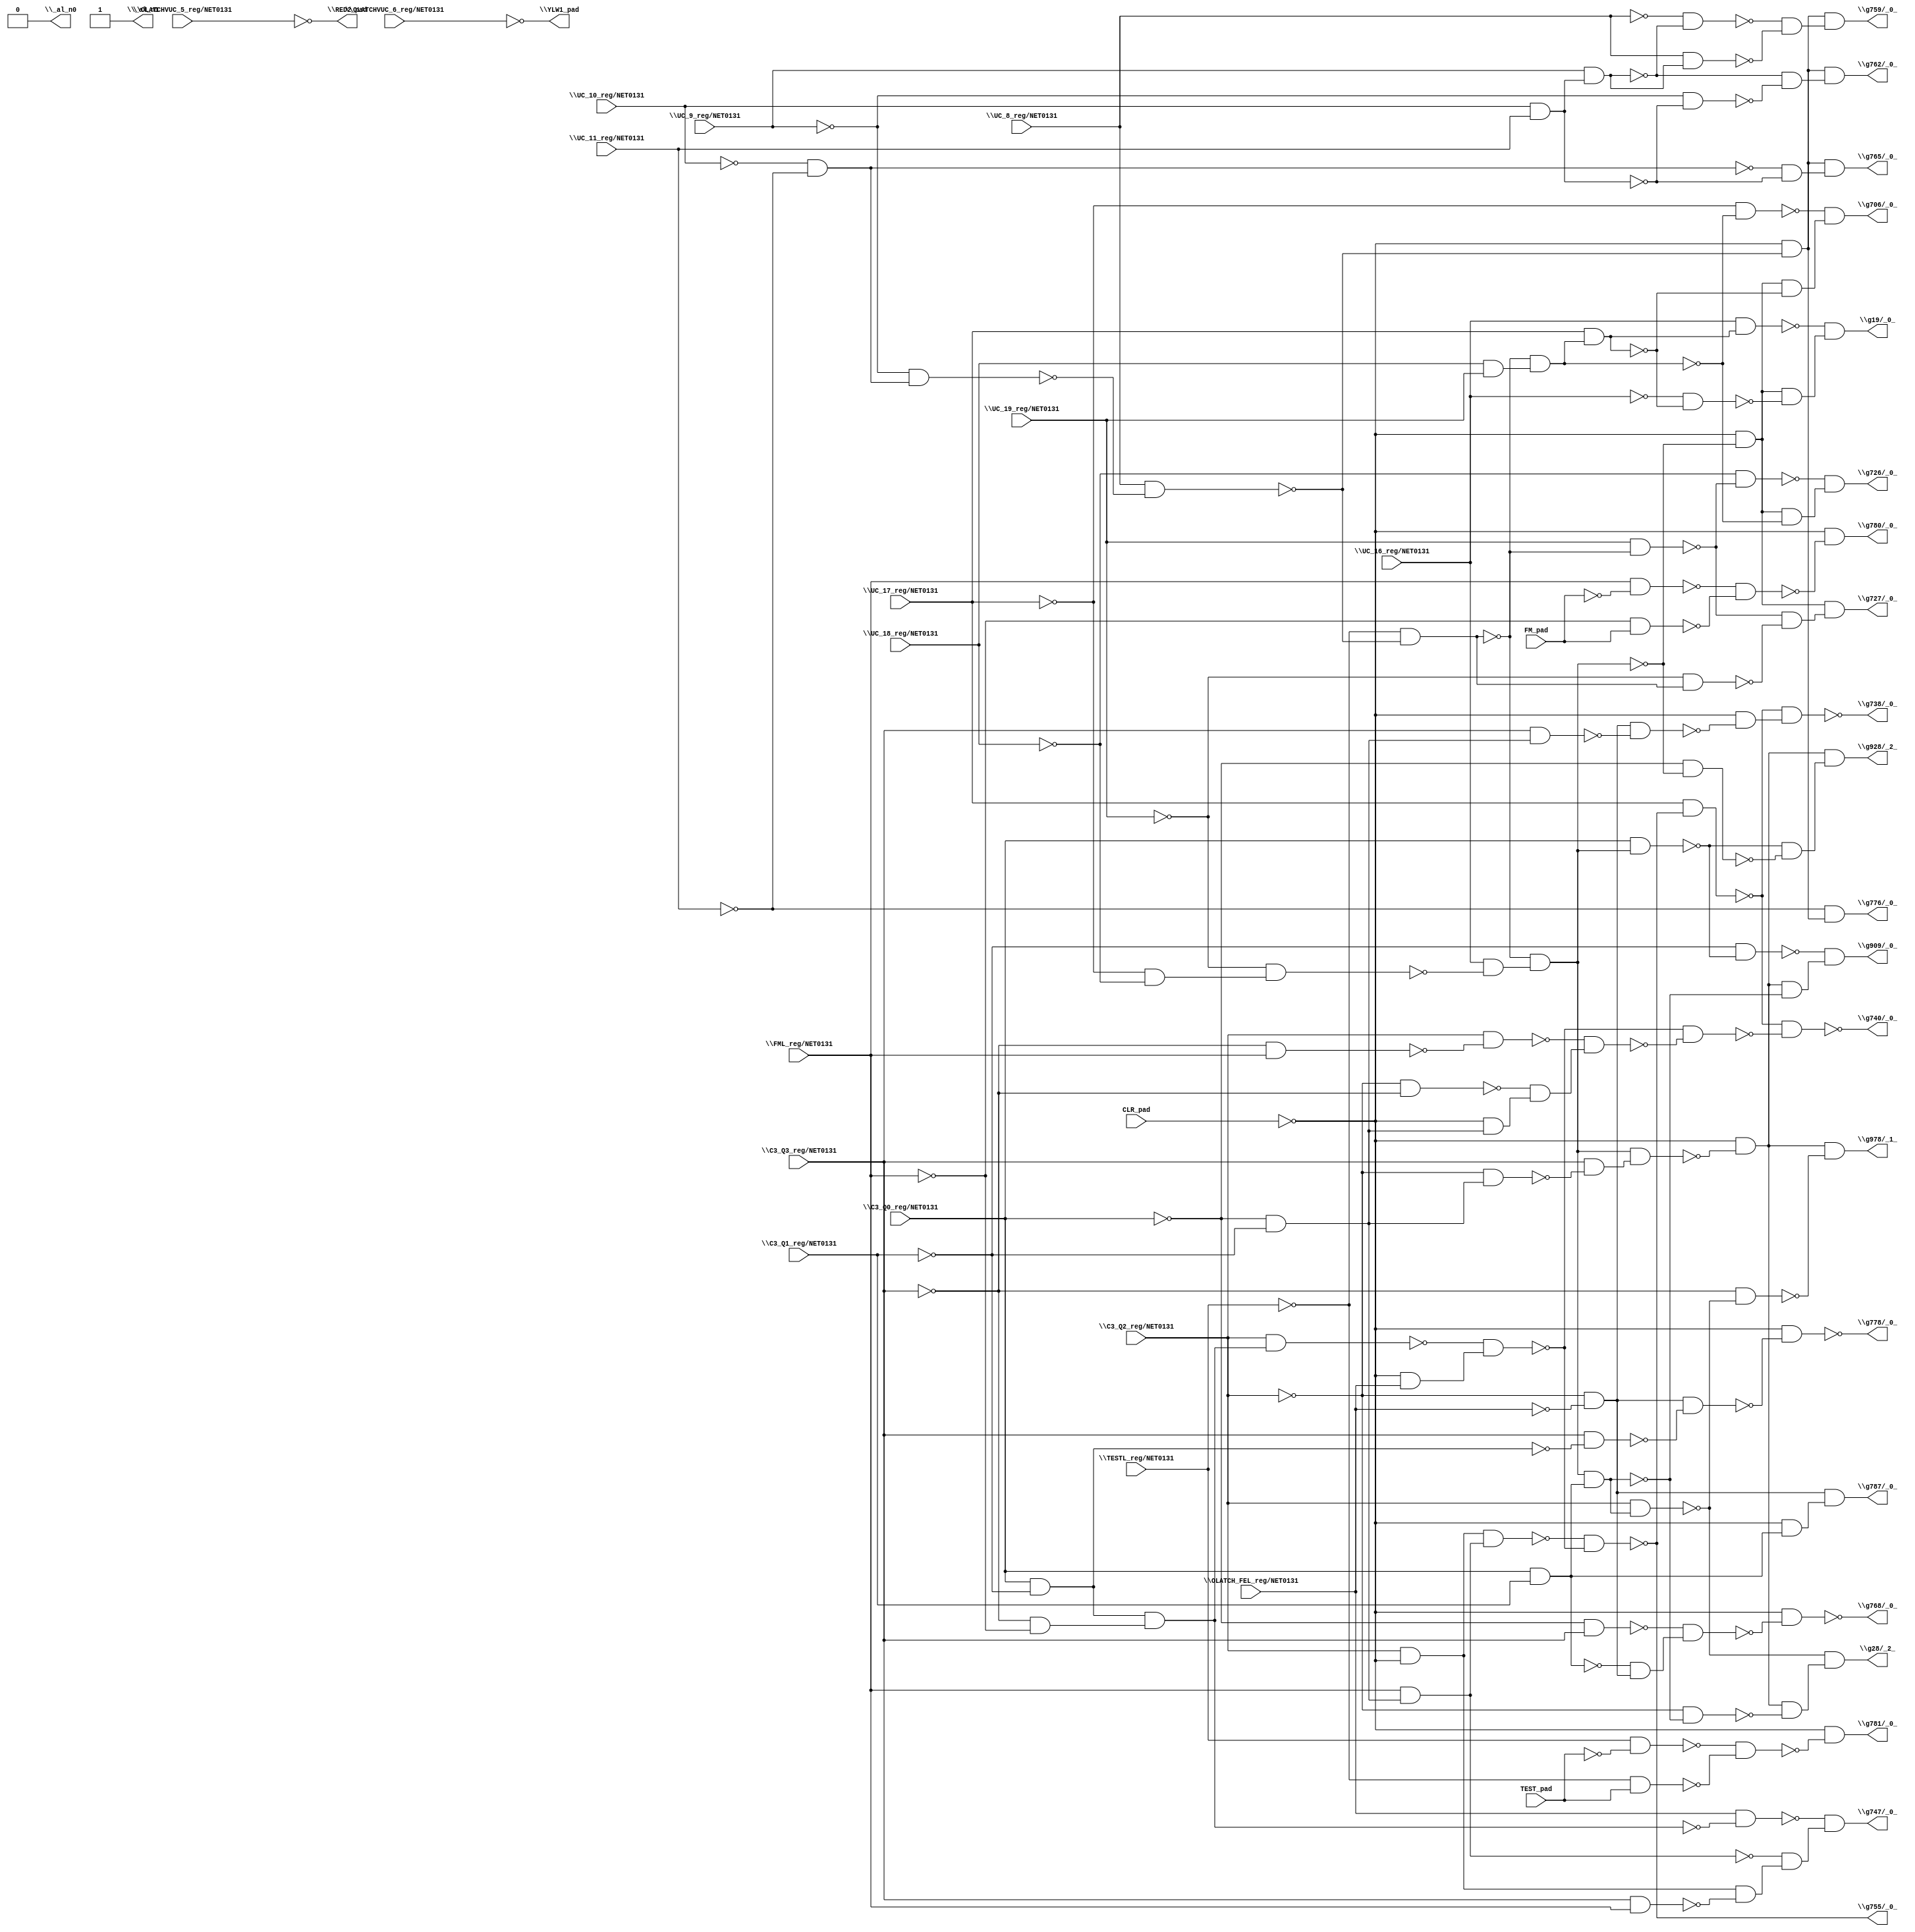
module top( \C3_Q0_reg/NET0131  , \C3_Q1_reg/NET0131  , \C3_Q2_reg/NET0131  , \C3_Q3_reg/NET0131  , CLR_pad , \FML_reg/NET0131  , FM_pad , \OLATCHVUC_5_reg/NET0131  , \OLATCHVUC_6_reg/NET0131  , \OLATCH_FEL_reg/NET0131  , \TESTL_reg/NET0131  , TEST_pad , \UC_10_reg/NET0131  , \UC_11_reg/NET0131  , \UC_16_reg/NET0131  , \UC_17_reg/NET0131  , \UC_18_reg/NET0131  , \UC_19_reg/NET0131  , \UC_8_reg/NET0131  , \UC_9_reg/NET0131  , \RED2_pad  , \YLW1_pad  , \_al_n0  , \_al_n1  , \g19/_0_  , \g28/_2_  , \g706/_0_  , \g726/_0_  , \g727/_0_  , \g738/_0_  , \g740/_0_  , \g747/_0_  , \g755/_0_  , \g759/_0_  , \g762/_0_  , \g765/_0_  , \g768/_0_  , \g776/_0_  , \g778/_0_  , \g780/_0_  , \g781/_0_  , \g787/_0_  , \g909/_0_  , \g928/_2_  , \g978/_1_  );
  input \C3_Q0_reg/NET0131  ;
  input \C3_Q1_reg/NET0131  ;
  input \C3_Q2_reg/NET0131  ;
  input \C3_Q3_reg/NET0131  ;
  input CLR_pad ;
  input \FML_reg/NET0131  ;
  input FM_pad ;
  input \OLATCHVUC_5_reg/NET0131  ;
  input \OLATCHVUC_6_reg/NET0131  ;
  input \OLATCH_FEL_reg/NET0131  ;
  input \TESTL_reg/NET0131  ;
  input TEST_pad ;
  input \UC_10_reg/NET0131  ;
  input \UC_11_reg/NET0131  ;
  input \UC_16_reg/NET0131  ;
  input \UC_17_reg/NET0131  ;
  input \UC_18_reg/NET0131  ;
  input \UC_19_reg/NET0131  ;
  input \UC_8_reg/NET0131  ;
  input \UC_9_reg/NET0131  ;
  output \RED2_pad  ;
  output \YLW1_pad  ;
  output \_al_n0  ;
  output \_al_n1  ;
  output \g19/_0_  ;
  output \g28/_2_  ;
  output \g706/_0_  ;
  output \g726/_0_  ;
  output \g727/_0_  ;
  output \g738/_0_  ;
  output \g740/_0_  ;
  output \g747/_0_  ;
  output \g755/_0_  ;
  output \g759/_0_  ;
  output \g762/_0_  ;
  output \g765/_0_  ;
  output \g768/_0_  ;
  output \g776/_0_  ;
  output \g778/_0_  ;
  output \g780/_0_  ;
  output \g781/_0_  ;
  output \g787/_0_  ;
  output \g909/_0_  ;
  output \g928/_2_  ;
  output \g978/_1_  ;
  wire n21 , n22 , n23 , n24 , n25 , n26 , n27 , n28 , n29 , n30 , n31 , n32 , n33 , n34 , n35 , n36 , n37 , n38 , n39 , n40 , n41 , n42 , n43 , n44 , n45 , n46 , n47 , n48 , n49 , n50 , n51 , n52 , n53 , n54 , n55 , n56 , n57 , n58 , n59 , n60 , n61 , n62 , n63 , n64 , n65 , n66 , n67 , n68 , n69 , n70 , n71 , n72 , n73 , n74 , n75 , n76 , n77 , n78 , n79 , n80 , n81 , n82 , n83 , n84 , n85 , n86 , n87 , n88 , n89 , n90 , n91 , n92 , n93 , n94 , n95 , n96 , n97 , n98 , n99 , n100 , n101 , n102 , n103 , n104 , n105 , n106 , n107 , n108 , n109 , n110 , n111 , n112 , n113 , n114 , n115 , n116 , n117 , n118 , n119 , n120 , n121 , n122 , n123 , n124 , n125 ;
  assign n21 = ~\UC_10_reg/NET0131  & ~\UC_11_reg/NET0131  ;
  assign n22 = ~\UC_9_reg/NET0131  & n21 ;
  assign n23 = \UC_8_reg/NET0131  & ~n22 ;
  assign n24 = ~\TESTL_reg/NET0131  & ~n23 ;
  assign n30 = \UC_18_reg/NET0131  & \UC_19_reg/NET0131  ;
  assign n31 = ~n24 & n30 ;
  assign n32 = \UC_17_reg/NET0131  & n31 ;
  assign n34 = \UC_16_reg/NET0131  & n32 ;
  assign n25 = ~\UC_17_reg/NET0131  & ~\UC_18_reg/NET0131  ;
  assign n26 = ~\UC_19_reg/NET0131  & n25 ;
  assign n27 = \UC_16_reg/NET0131  & ~n26 ;
  assign n28 = ~n24 & n27 ;
  assign n29 = ~CLR_pad & ~n28 ;
  assign n33 = ~\UC_16_reg/NET0131  & ~n32 ;
  assign n35 = n29 & ~n33 ;
  assign n36 = ~n34 & n35 ;
  assign n42 = \C3_Q0_reg/NET0131  & \C3_Q1_reg/NET0131  ;
  assign n43 = n28 & n42 ;
  assign n45 = \C3_Q2_reg/NET0131  & n43 ;
  assign n37 = ~\C3_Q0_reg/NET0131  & ~\C3_Q1_reg/NET0131  ;
  assign n38 = ~\C3_Q2_reg/NET0131  & n37 ;
  assign n39 = \C3_Q3_reg/NET0131  & ~n38 ;
  assign n40 = n28 & n39 ;
  assign n41 = ~CLR_pad & ~n40 ;
  assign n44 = ~\C3_Q2_reg/NET0131  & ~n43 ;
  assign n46 = n41 & ~n44 ;
  assign n47 = ~n45 & n46 ;
  assign n48 = ~\UC_17_reg/NET0131  & ~n31 ;
  assign n49 = n29 & ~n32 ;
  assign n50 = ~n48 & n49 ;
  assign n51 = \UC_19_reg/NET0131  & ~n24 ;
  assign n52 = ~\UC_18_reg/NET0131  & ~n51 ;
  assign n53 = n29 & ~n31 ;
  assign n54 = ~n52 & n53 ;
  assign n55 = ~\UC_19_reg/NET0131  & n24 ;
  assign n56 = ~n51 & ~n55 ;
  assign n57 = n29 & n56 ;
  assign n58 = \C3_Q2_reg/NET0131  & ~CLR_pad ;
  assign n59 = \FML_reg/NET0131  & n37 ;
  assign n60 = n58 & n59 ;
  assign n61 = \C3_Q0_reg/NET0131  & ~\C3_Q1_reg/NET0131  ;
  assign n62 = ~\C3_Q3_reg/NET0131  & ~\FML_reg/NET0131  ;
  assign n63 = n61 & n62 ;
  assign n64 = \C3_Q2_reg/NET0131  & n63 ;
  assign n65 = ~CLR_pad & \OLATCH_FEL_reg/NET0131  ;
  assign n66 = ~n64 & n65 ;
  assign n67 = ~n60 & ~n66 ;
  assign n68 = \UC_17_reg/NET0131  & ~n67 ;
  assign n69 = ~\C3_Q2_reg/NET0131  & ~\OLATCH_FEL_reg/NET0131  ;
  assign n70 = \C3_Q3_reg/NET0131  & n37 ;
  assign n71 = n69 & ~n70 ;
  assign n72 = ~CLR_pad & ~n71 ;
  assign n73 = ~n68 & n72 ;
  assign n75 = ~\C3_Q3_reg/NET0131  & \FML_reg/NET0131  ;
  assign n76 = \C3_Q2_reg/NET0131  & ~n75 ;
  assign n74 = ~\C3_Q2_reg/NET0131  & ~\C3_Q3_reg/NET0131  ;
  assign n77 = ~CLR_pad & n37 ;
  assign n78 = ~n74 & n77 ;
  assign n79 = ~n76 & n78 ;
  assign n80 = ~n66 & ~n79 ;
  assign n81 = ~n68 & ~n80 ;
  assign n83 = \OLATCH_FEL_reg/NET0131  & ~n63 ;
  assign n82 = \C3_Q3_reg/NET0131  & \FML_reg/NET0131  ;
  assign n84 = n58 & ~n82 ;
  assign n85 = ~n59 & n84 ;
  assign n86 = ~n83 & n85 ;
  assign n87 = ~CLR_pad & ~n23 ;
  assign n88 = \UC_10_reg/NET0131  & \UC_11_reg/NET0131  ;
  assign n89 = \UC_9_reg/NET0131  & n88 ;
  assign n90 = ~\UC_8_reg/NET0131  & ~n89 ;
  assign n91 = \UC_8_reg/NET0131  & n89 ;
  assign n92 = ~n90 & ~n91 ;
  assign n93 = n87 & n92 ;
  assign n94 = ~\UC_9_reg/NET0131  & ~n88 ;
  assign n95 = ~n89 & ~n94 ;
  assign n96 = n87 & n95 ;
  assign n97 = ~n21 & ~n88 ;
  assign n98 = n87 & n97 ;
  assign n99 = ~\C3_Q0_reg/NET0131  & \C3_Q3_reg/NET0131  ;
  assign n100 = ~n42 & n69 ;
  assign n101 = ~n99 & n100 ;
  assign n102 = ~CLR_pad & ~n101 ;
  assign n103 = ~\UC_11_reg/NET0131  & n87 ;
  assign n104 = \C3_Q3_reg/NET0131  & ~n61 ;
  assign n105 = n69 & ~n104 ;
  assign n106 = ~CLR_pad & ~n105 ;
  assign n107 = \FML_reg/NET0131  & ~FM_pad ;
  assign n108 = ~\FML_reg/NET0131  & FM_pad ;
  assign n109 = ~n107 & ~n108 ;
  assign n110 = ~CLR_pad & ~n109 ;
  assign n111 = \TESTL_reg/NET0131  & ~TEST_pad ;
  assign n112 = ~\TESTL_reg/NET0131  & TEST_pad ;
  assign n113 = ~n111 & ~n112 ;
  assign n114 = ~CLR_pad & ~n113 ;
  assign n115 = ~CLR_pad & n42 ;
  assign n116 = n69 & n115 ;
  assign n117 = \C3_Q0_reg/NET0131  & n28 ;
  assign n118 = ~\C3_Q1_reg/NET0131  & ~n117 ;
  assign n119 = n41 & ~n43 ;
  assign n120 = ~n118 & n119 ;
  assign n121 = ~\C3_Q0_reg/NET0131  & ~n28 ;
  assign n122 = ~n117 & ~n121 ;
  assign n123 = n41 & n122 ;
  assign n124 = ~\C3_Q3_reg/NET0131  & ~n45 ;
  assign n125 = n41 & ~n124 ;
  assign \RED2_pad  = ~\OLATCHVUC_5_reg/NET0131  ;
  assign \YLW1_pad  = ~\OLATCHVUC_6_reg/NET0131  ;
  assign \_al_n0  = 1'b0 ;
  assign \_al_n1  = ~1'b0 ;
  assign \g19/_0_  = n36 ;
  assign \g28/_2_  = n47 ;
  assign \g706/_0_  = n50 ;
  assign \g726/_0_  = n54 ;
  assign \g727/_0_  = n57 ;
  assign \g738/_0_  = ~n73 ;
  assign \g740/_0_  = ~n81 ;
  assign \g747/_0_  = n86 ;
  assign \g755/_0_  = ~n67 ;
  assign \g759/_0_  = n93 ;
  assign \g762/_0_  = n96 ;
  assign \g765/_0_  = n98 ;
  assign \g768/_0_  = ~n102 ;
  assign \g776/_0_  = n103 ;
  assign \g778/_0_  = ~n106 ;
  assign \g780/_0_  = n110 ;
  assign \g781/_0_  = n114 ;
  assign \g787/_0_  = n116 ;
  assign \g909/_0_  = n120 ;
  assign \g928/_2_  = n123 ;
  assign \g978/_1_  = n125 ;
endmodule